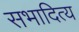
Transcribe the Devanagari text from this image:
सभादित्य